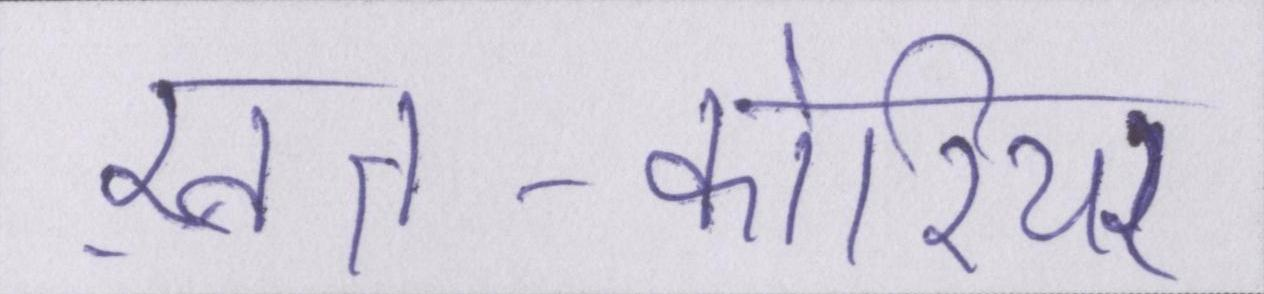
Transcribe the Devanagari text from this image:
ख़त-कोरियर